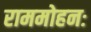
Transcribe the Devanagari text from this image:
राममोहनः